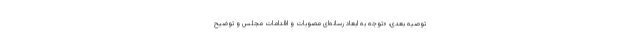
توصیه بعدی، «توجه به ابعاد رسانه‌ای مصوبات و اقدامات مجلس و توضیح